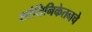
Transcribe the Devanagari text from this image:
शांतिनिकेतनचे